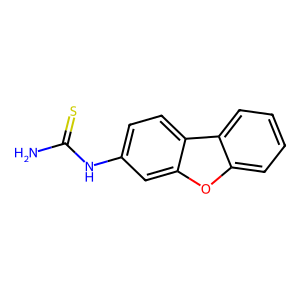
SMILES: NC(=S)Nc1ccc2c(c1)oc1ccccc12
Inhibits HIV replication: No